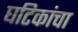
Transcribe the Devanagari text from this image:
घटिकांचा